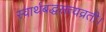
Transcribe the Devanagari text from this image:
स्वार्थबद्धसत्यव्रती।